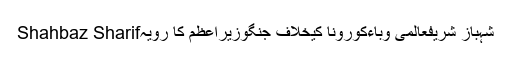
Shahbaz Sharifشہباز شریفعالمی وباءکورونا کیخلاف جنگوزیراعظم کا رویہ